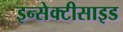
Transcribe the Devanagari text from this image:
इन्सेक्टीसाइड